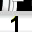
Digit: 1